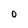
Character: O